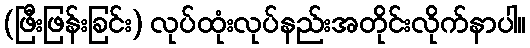
(ဖြီးဖြန်းခြင်း) လုပ်ထုံးလုပ်နည်းအတိုင်းလိုက်နာပါ။